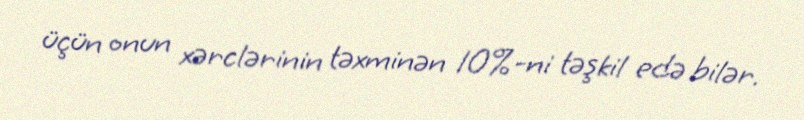
üçün onun xərclərinin təxminən 10%-ni təşkil edə bilər.